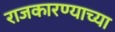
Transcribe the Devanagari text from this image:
राजकारण्याच्या